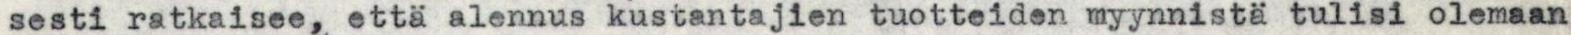
sesti ratkaisee, että alennus kustantajien tuotteiden myynnistä tulisi olemaan